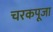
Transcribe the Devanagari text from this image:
चरकपूजा